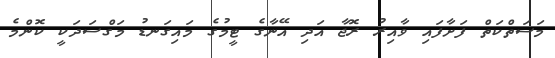
މަސަތްކަތް ފަށާފައި ވާއިރު ރޮޖާ އަދި އޭނާގެ ޓީމުގެ މައިގަނޑު މަގްސަދަކީ ކޮންމެ